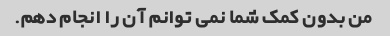
من بدون کمک شما نمی توانم آن را انجام دهم.